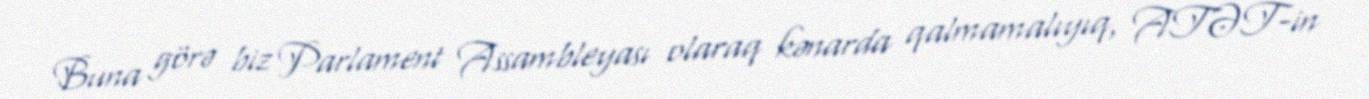
Buna görə biz Parlament Assambleyası olaraq kənarda qalmamalıyıq, ATƏT-in